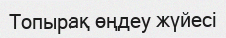
Топырақ өңдеу жүйесі